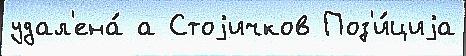
удал'ена́ а Стоjичков Поз'и́циjа